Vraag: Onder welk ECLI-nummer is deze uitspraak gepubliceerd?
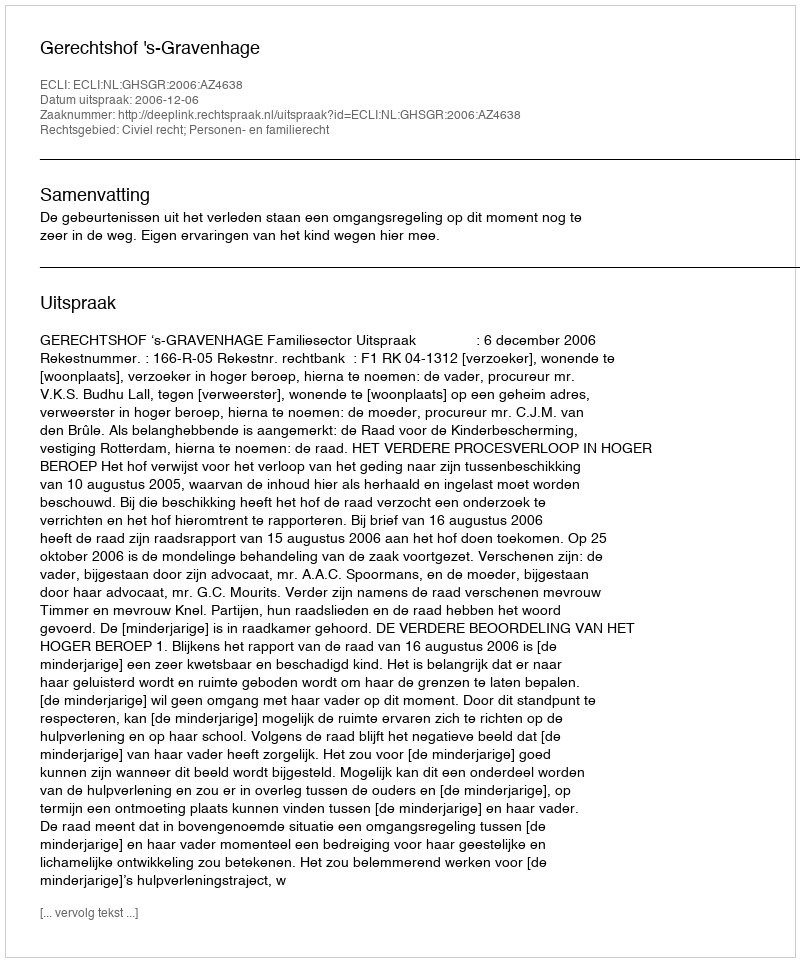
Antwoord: ECLI:NL:GHSGR:2006:AZ4638